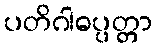
ပတိဂါဓပ္ပတ္တာ